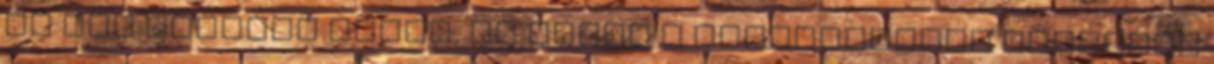
és nem figyeli senki, de ebből a képzelgésből Michelle